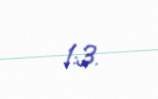
1:3.